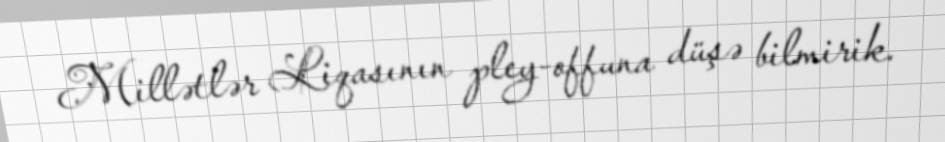
Millətlər Liqasının pley-offuna düşə bilmirik.